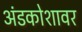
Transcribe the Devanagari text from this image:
अंडकोशावर